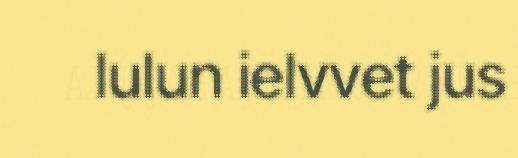
lulun ielvvet jus